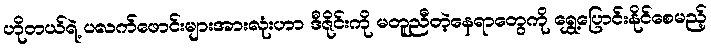
ဟိုတယ်ရဲ့ ပလက်ဖောင်းများအားလုံးဟာ ဒီဇိုင်းကို မတူညီတဲ့နေရာတွေကို ရွှေ့ပြောင်းနိုင်စေမည့်